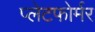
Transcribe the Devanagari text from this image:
प्लेटफोर्मर